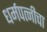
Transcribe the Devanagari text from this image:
धर्मपत्‍नीचा